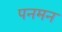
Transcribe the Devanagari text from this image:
पनमन